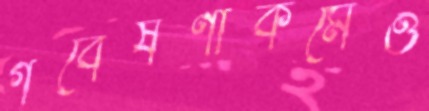
গবেষণাকর্মেও